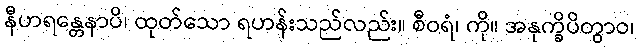
နီဟရန္တေနာပိ၊ ထုတ်သော ရဟန်းသည်လည်း။ စီဝရံ၊ ကို။ အနုက္ခိပိတွာဝ၊